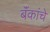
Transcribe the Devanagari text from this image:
बॅंकांचे